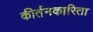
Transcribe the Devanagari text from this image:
कीर्तनकारिता